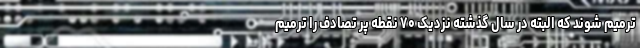
ترمیم شوند که البته در سال گذشته نزدیک ۷۰ نقطه پر تصادف را ترمیم